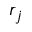
r _ { j }